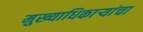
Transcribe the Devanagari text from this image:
मुख्याधिकार्‍यांचा